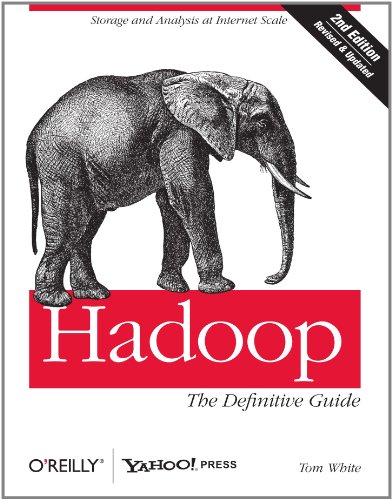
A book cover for Hadoop: The Definitive Guide; Tom White; Computers & Technology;